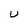
Character: U